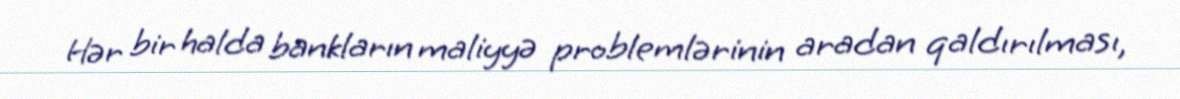
Hər bir halda bankların maliyyə problemlərinin aradan qaldırılması,